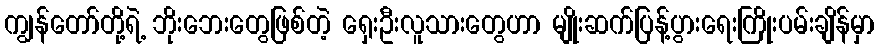
ကျွန်တော်တို့ရဲ့ ဘိုးဘေးတွေဖြစ်တဲ့ ရှေးဦးလူသားတွေဟာ မျိုးဆက်ပြန့်ပွားရေးကြိုးပမ်းချိန်မှာ